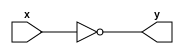
`timescale 1ns/100ps
module m(y, x);
    output y;  
    input x;
    not #1.534 (y,x);
endmodule

`timescale 10ns/100ps
module modA();
    wire b; reg a;
    m m1( b, a );
    initial
        $monitor( $time, "  realtime=%f a=%b b=%b", $realtime, a, b );
    initial begin
        #10 a = 0;
        #10 a = 1;
        #10 $finish;
    end
endmodule